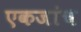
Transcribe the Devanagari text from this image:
एकजांच